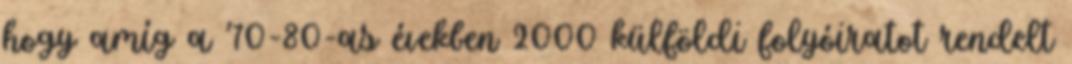
hogy amíg a ’70-80-as években 2000 külföldi folyóiratot rendelt